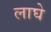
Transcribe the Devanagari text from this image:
लाघे